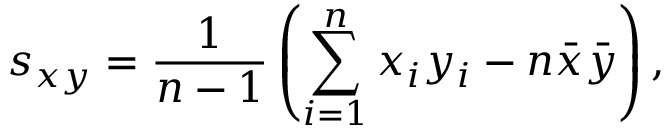
s _ { x y } = \frac { 1 } { n - 1 } \left( \sum _ { i = 1 } ^ { n } x _ { i } y _ { i } - n \bar { x } \bar { y } \right) ,